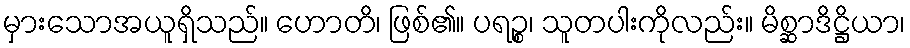
မှားသောအယူရှိသည်။ ဟောတိ၊ ဖြစ်၏။ ပရဉ္စ၊ သူတပါးကိုလည်း။ မိစ္ဆာဒိဋ္ဌိယာ၊